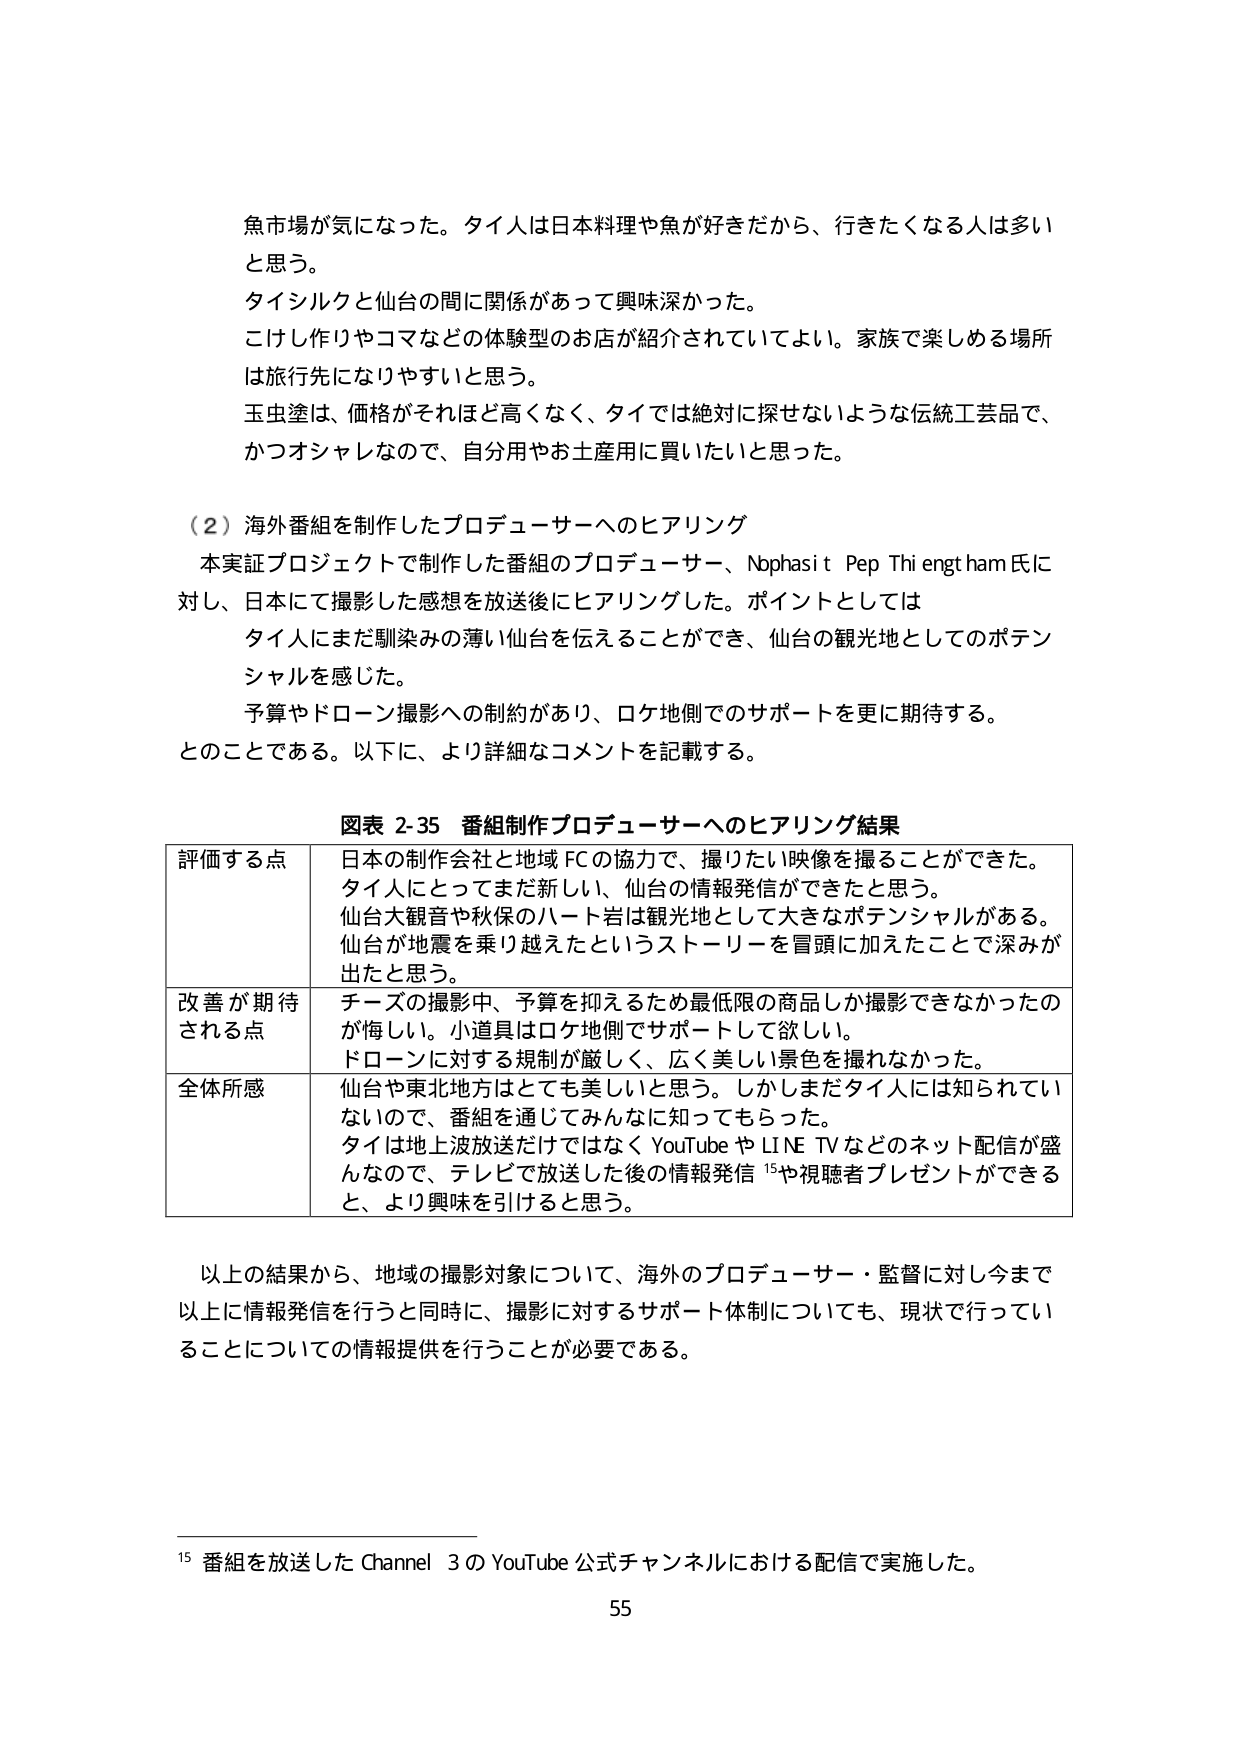
魚市場が気になった。タイ人は日本料理や魚が好きだから、行きたくなる人は多いと思う。

タイシルクと仙台の間に関係があって興味深かった。
こけし作りやコマなどの体験型のお店が紹介されていてよい。家族で楽しめる場所は旅行先になりやすいと思う。
玉虫塗は、価格がそれほど高くなく、タイでは絶対に探せないような伝統工芸品で、かつオシャレなので、自分用やお土産用に買いたいと思った。

（２）海外番組を制作したプロデューサーへのヒアリング
本実証プロジェクトで制作した番組のプロデューサー、Nophasit Pep Thiengtham氏に対し、日本にて撮影した感想を放送後にヒアリングした。ポイントとしては
タイ人にまだ馴染みの薄い仙台を伝えることができ、仙台の観光地としてのポテンシャルを感じた。
予算やドローン撮影への制約があり、ロケ地側でのサポートを更に期待する。
とのことである。以下に、より詳細なコメントを記載する。

図表 2-35 番組制作プロデューサーへのヒアリング結果

評価する点
日本の制作会社と地域FCの協力で、撮りたい映像を撮ることができた。
タイ人にとってまだ新しい、仙台の情報発信ができたと思う。
仙台大観音や秋保のハート岩は観光地として大きなポテンシャルがある。
仙台が地震を乗り越えたというストーリーを冒頭に加えたことで深みが出たと思う。

改善が期待される点
チーズの撮影中、予算を抑えるため最低限の商品しか撮影できなかったのが悔しい。小道具はロケ地側でサポートして欲しい。
ドローンに対する規制が厳しく、広く美しい景色を撮れなかった。

全体所感
仙台や東北地方はとても美しいと思う。しかしまだタイ人には知られていないので、番組を通じてみんなに知ってもらった。
タイは地上波放送だけではなくYouTubeやLINE TVなどのネット配信が盛んなので、テレビで放送した後の情報発信¹⁵や視聴者プレゼントができると、より興味を引けると思う。

以上の結果から、地域の撮影対象について、海外のプロデューサー・監督に対し今まで以上に情報発信を行うと同時に、撮影に対するサポート体制についても、現状で行っていることについての情報提供を行うことが必要である。

¹⁵ 番組を放送した Channel 3 の YouTube 公式チャンネルにおける配信で実施した。

55